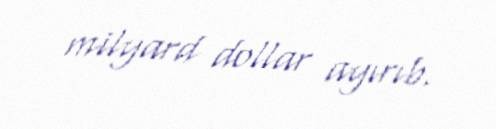
milyard dollar ayırıb.